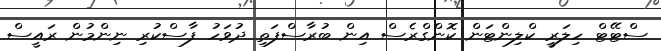
ސްޓޭޓް ހިލަރީ ކްލިންޓަން ކޮންގްރެސް އިން ބުރާސްފަތި ދުވަހު ފާސްކުރި ނިންމުން ރައީސް